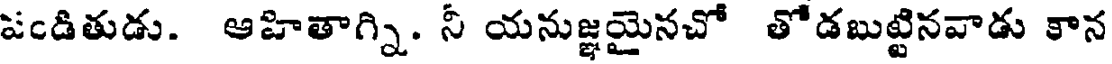
పండితుడు. ఆహితాగ్ని. నీ యనుజ్ఞమైనచో తోడబుట్టినవాడు కాన